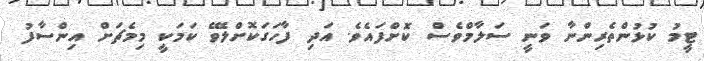
ޓީމު ކުޅުންތެރިންނާ ވަނީ ސަލާމްވެސް ކޮށްފައެވެ. އަދި ފާހަގަކޮށްލެވޭ ކަމަކީ މިމެޗަށް އިންސާފު